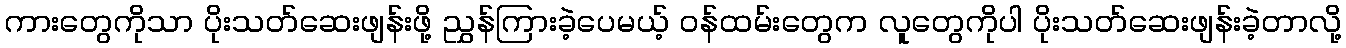
ကားတွေကိုသာ ပိုးသတ်ဆေးဖျန်းဖို့ ညွှန်ကြားခဲ့ပေမယ့် ဝန်ထမ်းတွေက လူတွေကိုပါ ပိုးသတ်ဆေးဖျန်းခဲ့တာလို့